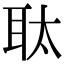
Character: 𮋮